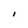
Character: l